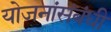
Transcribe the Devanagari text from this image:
योजनांसंबंधी